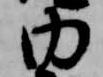
内